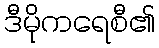
ဒီမိုကရေစီ၏